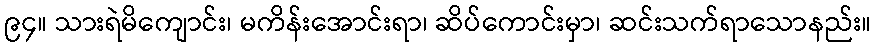
၉၄။ သားရဲမိကျောင်း၊ မကိန်းအောင်းရာ၊ ဆိပ်ကောင်းမှာ၊ ဆင်းသက်ရာသောနည်း။